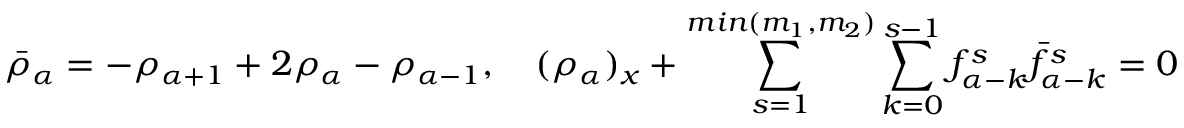
\bar { \rho } _ { \alpha } = - \rho _ { \alpha + 1 } + 2 \rho _ { \alpha } - \rho _ { \alpha - 1 } , \quad ( \rho _ { \alpha } ) _ { x } + \sum _ { s = 1 } ^ { m i n ( m _ { 1 } , m _ { 2 } ) } \sum _ { k = 0 } ^ { s - 1 } f _ { \alpha - k } ^ { s } \bar { f } _ { \alpha - k } ^ { s } = 0